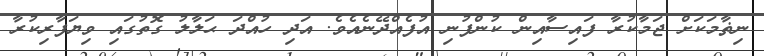
ނިޡާމަކަށް ޖަމާކުރާ ފައިސާއިން ކުންފުނި އުފެއްދޭނެއެވެ. އަދި ހުއްދަ ޙަލާލު ގޮތުގައި ވިޔަފާރިކުރާ